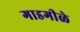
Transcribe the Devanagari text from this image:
गाडगीळे